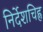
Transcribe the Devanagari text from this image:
निर्देशचिह्न